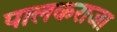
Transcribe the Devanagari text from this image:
पालकराजा